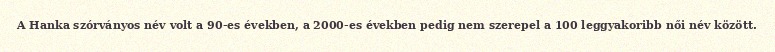
A Hanka szórványos név volt a 90-es években, a 2000-es években pedig nem szerepel a 100 leggyakoribb női név között.